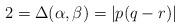
LaTeX: \begin{align*}2 = \Delta(\alpha, \beta) = |p(q-r)|\end{align*}